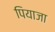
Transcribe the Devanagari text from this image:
पियाजा